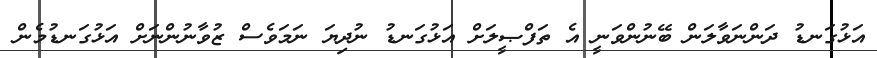
އަޅުގަނޑު ދަންނަވާލަން ބޭނުންވަނީ އެ ތަފްޞީލަށް އަޅުގަނޑު ނުދިޔަ ނަމަވެސް ޒުވާނުންނަށް އަޅުގަނޑުމެން